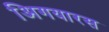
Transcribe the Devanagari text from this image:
अिगयारस